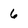
Character: 6